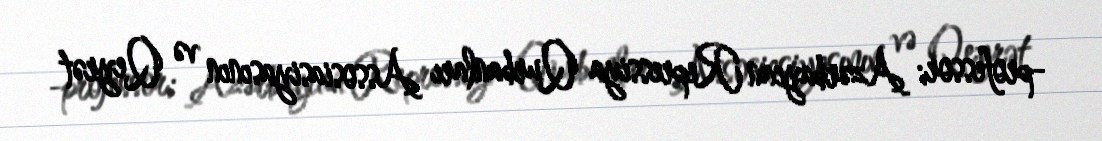
-professor; Azərbaycan Repressiya Qurbanları Assosiasiyasının və Qeyrət